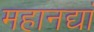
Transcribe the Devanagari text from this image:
महानद्यां